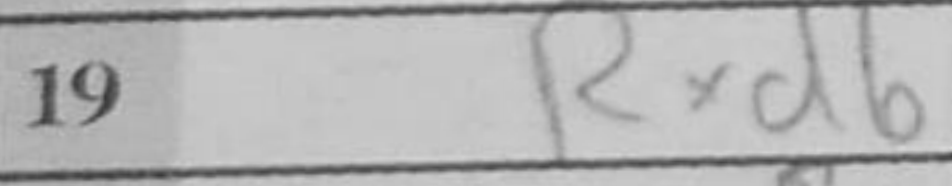
Transcription: Rxd6